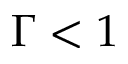
\Gamma < 1